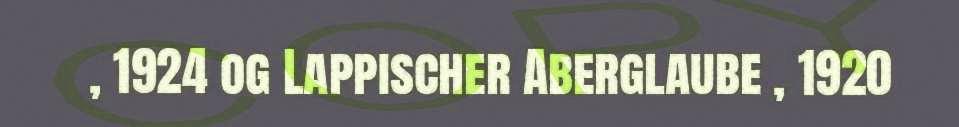
, 1924 og Lappischer Aberglaube , 1920